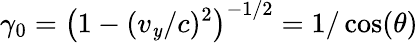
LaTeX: \gamma_{0}=\left(1-(v_{\mathit{y}}/c)^{2}\right)^{-1/2}=1/\cos(\theta)